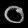
Digit: ၀